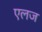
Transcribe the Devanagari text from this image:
एलज